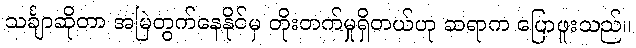
သင်္ချာဆိုတာ အမြဲတွက်နေနိုင်မှ တိုးတက်မှုရှိတယ်ဟု ဆရာက ပြောဖူးသည်။